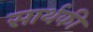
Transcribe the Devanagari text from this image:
सार्थकी